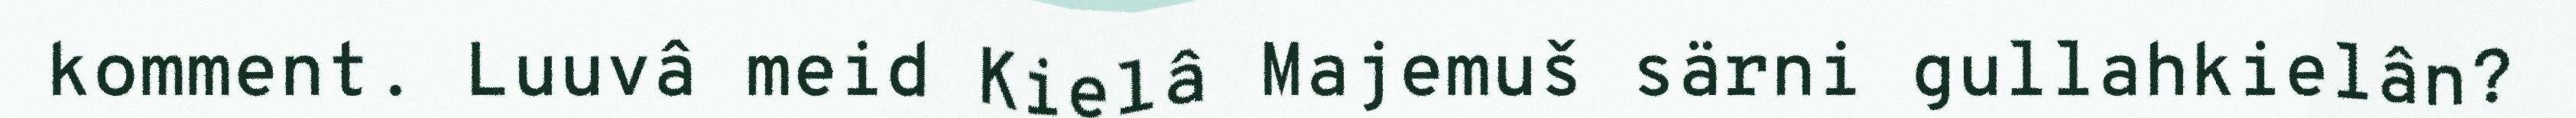
komment. Luuvâ meid Kielâ Majemuš särni gullahkielân?